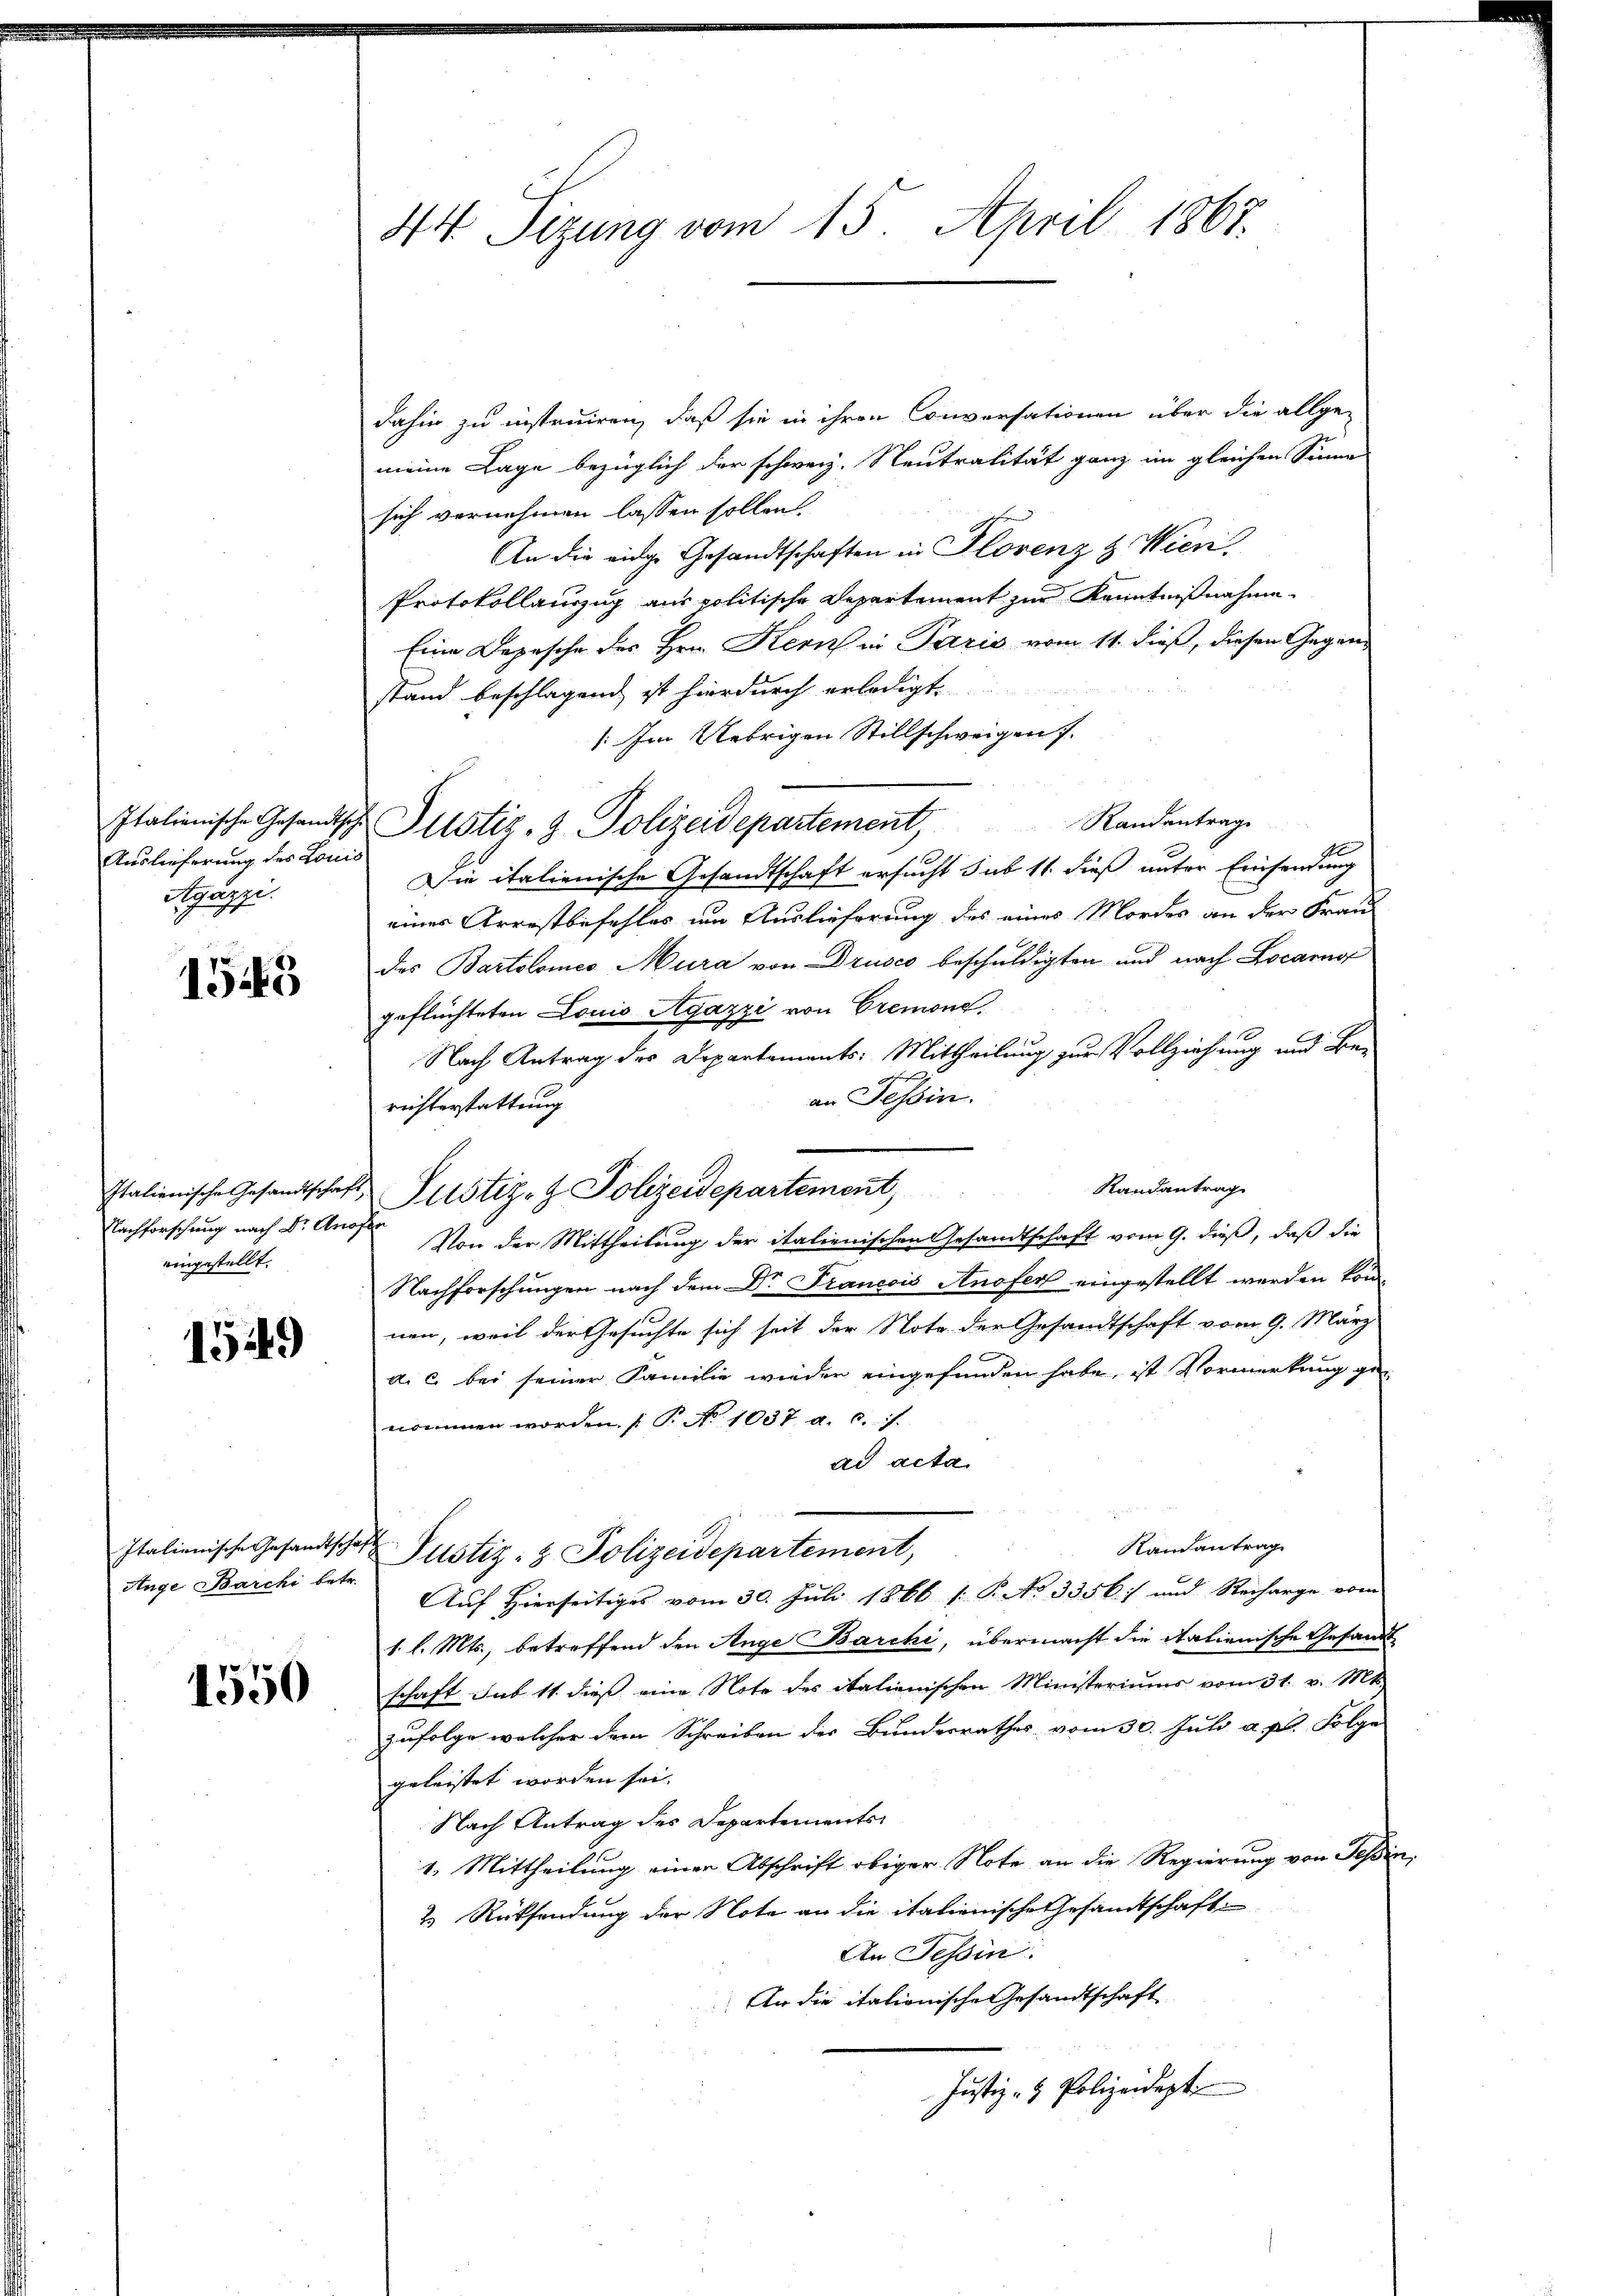
Auslieferung des Louis
Agazzi.

1543

eingestellt.

1549

Ange Barchi betr.

1550

44. Sizung vom 15. April 1867.

dahin zu instruiren, daß sie in ihren Conversationen über die allge-
meine Lage bezüglich der schweiz. Neutralität ganz im gleichen Sinne
sich vernehmen lassen sollen.
An die eidge Gesandtschaften in Florenz & Wieri
Protokollauszug aus politische Departement zur Kenntnißnahme
Eine Depesche des Hrn. Kern in Paris vom 11. dieß, diesen Gegenstand beschlagend ist hierdurch erledigt.
: Im Uebrigen Stillschweigen 7.
Randantrage
Die italienische Gesandtschaft ersucht sub 11. dieß unter Einsendung
eines Arrestbefehler um Auslieferung des eines Mordes an der Frau
des Bartolomeo Mura von Drusco beschuldigten und nach Locarni
geflüchteten Lonio Agazzi von Cremone.
Nach Antrag des Departements: Mittheilung zur Vollziehung und Be-
an Tessin.
richterstattung
Randantrag
Italienische Gesandtschaft, Pustiz- & Polizeidepartement
Nachforschung nach Dr. Anose Von der Mittheilung der italienischen Gesandtschaft vom 9. dieß, daß die
Nachforschungen nach dem Dr Trancois Anofer eingestellt werden kön
nen, weil der Gesuchte sich seit der Note der Gesandtschaft vom 9. März
a. c. bei seiner Familie wieder eingefunden habe, ist Vormerkung ge-
nommen worden. (T. No 1037. a. c. s.
dd acta
Randantrag
Italienische Gesandtschaft Pustiz- & Polizeidepartement,
Auf Hierseitiges vom 30. Juli 1866 s: P. No 3356:/ und Recharge vom
1. l. Mts., betreffend den Ange Barchi, übermacht die italienische Gesandt
schaft sub 11. dieß eine Note des italienischen Ministeriums vom 31. v. Mts.
zufolge welcher dem Schreiben des Bundesrathes vom 30. Juli a. p. Folge
geleistet worden sei.
Nach Antrag des Departements
1. Mittheilung einer Abschrift obiger Note an die Regierung von Teßin
2.) Rücksendung der Note an die italienische Gesandtschaft
An Tessin
An die itationische Gesandtschaft
Justiz- & Polizeidept

Italienische Gesandtsche Justiz- & Polizeidepartement